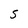
Character: S